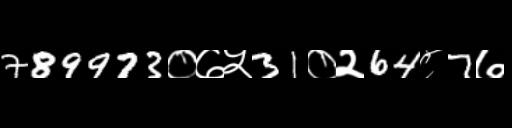
Text: 789973०७५31०२64८7७